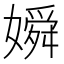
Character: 𡡞